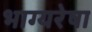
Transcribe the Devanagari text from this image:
भाग्यरेषा